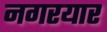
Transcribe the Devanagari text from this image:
नगरयार